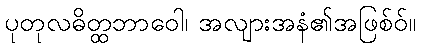
ပုတုလဓိတ္ထဘာဝေါ၊ အလျားအနံ၏အဖြစ်ဝ်။